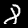
Label: 8